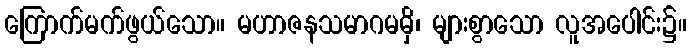
ကြောက်မက်ဖွယ်သော။ မဟာဇနသမာဂမမှိ၊ များစွာသော လူအပေါင်း၌။